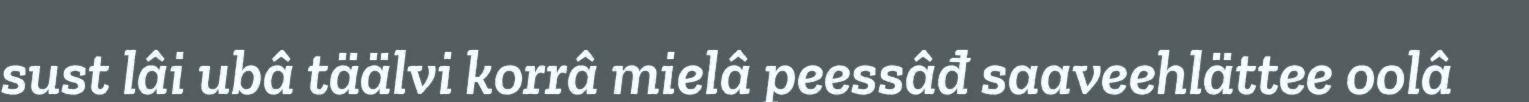
sust lâi ubâ täälvi korrâ mielâ peessâđ saaveehlättee oolâ